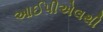
આઈપીએલથી